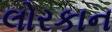
લોરકાન